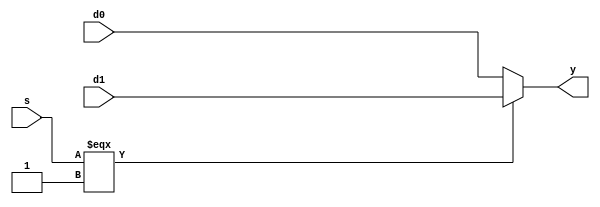
`timescale 1ns / 1ps
//////////////////////////////////////////////////////////////////////////////////
// Company: 
// Engineer: 
// 
// Design Name: 
// Module Name: mux2
// Project Name: 
// Target Devices: 
// Tool Versions: 
// Description: 
// 
// Dependencies: 
// 
// Revision:
// Revision 0.01 - File Created
// Additional Comments:
// 
//////////////////////////////////////////////////////////////////////////////////


module mux2 #(parameter WIDTH = 8)
(
    input [WIDTH-1 : 0] d0,d1,
    input s,
    output [WIDTH-1 : 0] y);

    assign y = (s === 1) ? d1 : d0;
endmodule